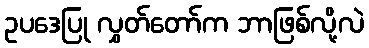
ဥပဒေပြု လွှတ်တော်က ဘာဖြစ်လို့လဲ